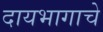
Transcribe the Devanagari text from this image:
दायभागाचे